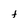
Character: t